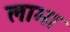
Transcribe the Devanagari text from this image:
लाभा